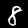
Digit: 8